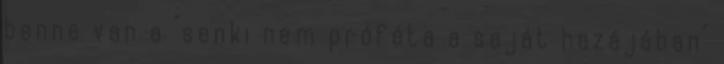
benne van a "senki nem próféta a saját hazájában"